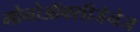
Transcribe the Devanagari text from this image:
मोनोऑक्सीजेनेज